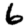
Digit: 6